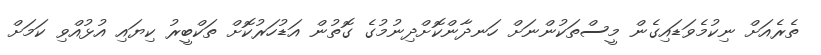
ތެރެއަށް ނިކުމެވަޑައިގެން މީސްތަކުންނަށް ހަނދާންކޮށްދިނުމުގެ ގޮތުން އަޑުހަރުކޮށް ތަކްބީރު ކިޔައި އުޅުއްވި ކަމަށް